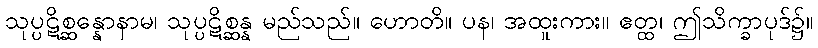
သုပ္ပဋိစ္ဆန္နောနာမ၊ သုပ္ပဋိစ္ဆန္န မည်သည်။ ဟောတိ။ ပန၊ အထူးကား။ ဧတ္ထ၊ ဤသိက္ခာပုဒ်၌။